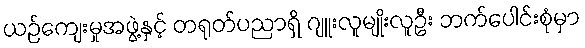
ယဉ်ကျေးမှုအဖွဲ့နှင့် တရုတ်ပညာရှိ ဂျူးလူမျိုးလူဦး ဘက်ပေါင်းစုံမှာ